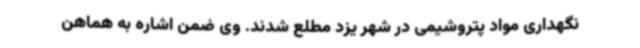
نگهداری مواد پتروشیمی در شهر یزد مطلع شدند. وی ضمن اشاره به هماهن